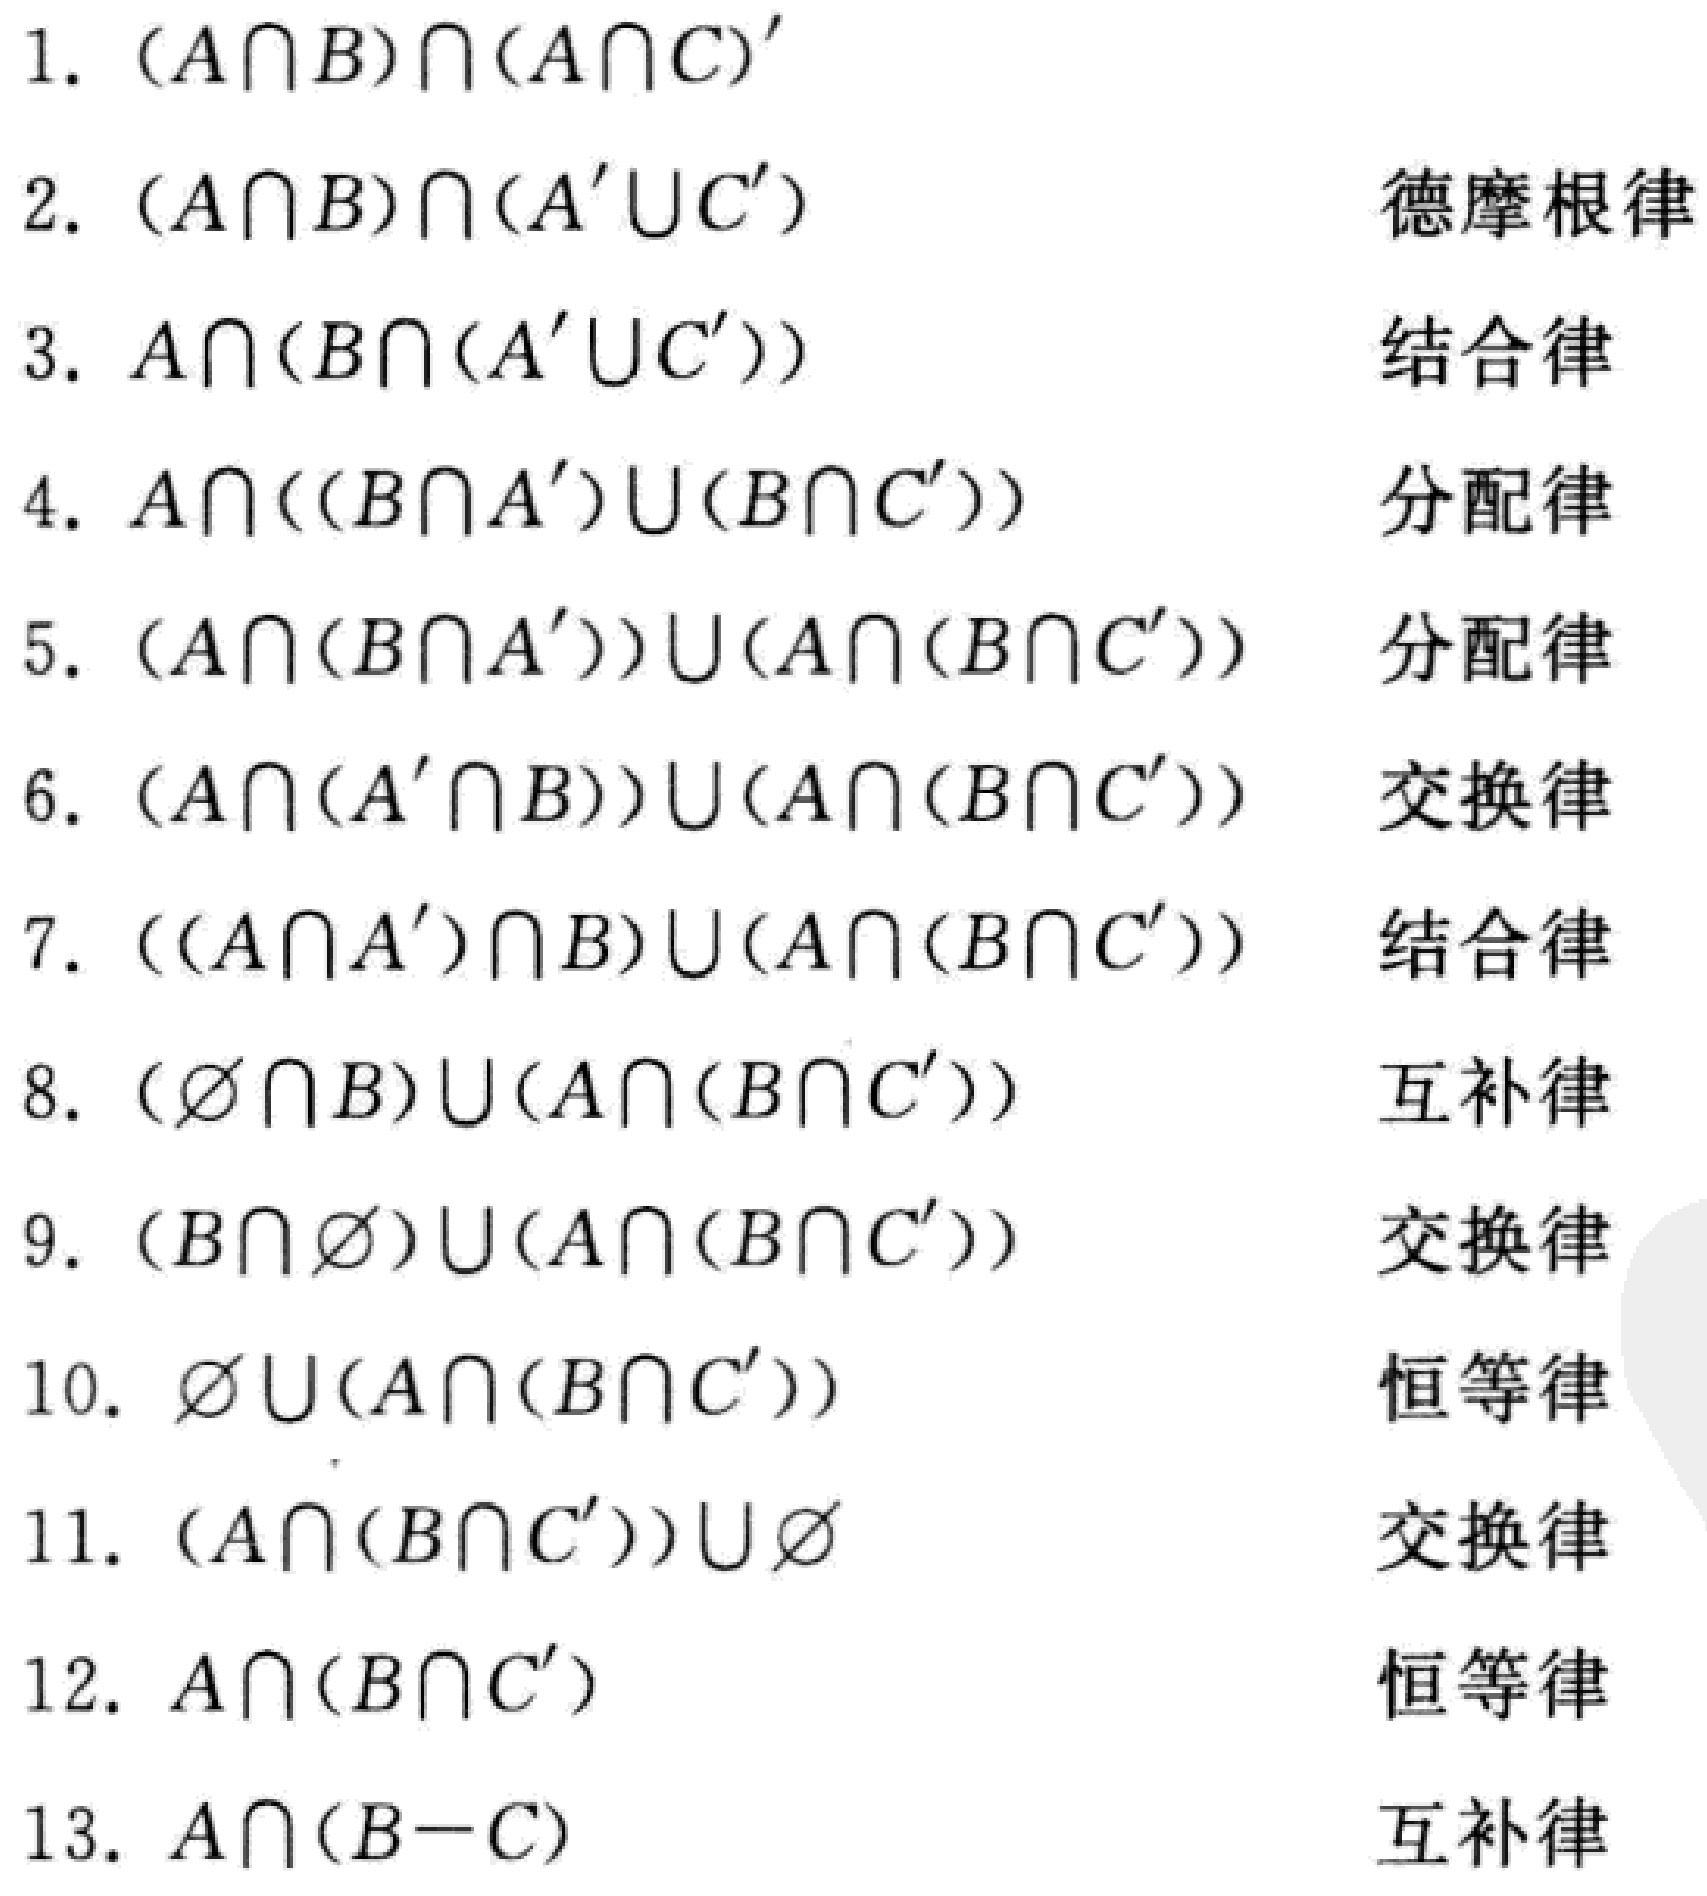
1. $(A\cap B)\cap(A\cap C)'$
2. $(A\cap B)\cap(A'\cup C')$ 德摩根律
3. $A\cap(B\cap(A'\cup C'))$ 结合律
4. $A\cap((B\cap A')\cup(B\cap C'))$ 分配律
5. $(A\cap(B\cap A'))\cup(A\cap(B\cap C'))$ 分配律
6. $(A\cap(A'\cap B))\cup(A\cap(B\cap C'))$ 交换律
7. $((A\cap A')\cap B)\cup(A\cap(B\cap C'))$ 结合律
8. $(\varnothing\cap B)\cup(A\cap(B\cap C'))$ 互补律
9. $(B\cap\varnothing)\cup(A\cap(B\cap C'))$ 交换律
10. $\varnothing\cup(A\cap(B\cap C'))$ 恒等律
11. $(A\cap(B\cap C'))\cup\varnothing$ 交换律
12. $A\cap(B\cap C')$ 恒等律
13. $A\cap(B - C)$ 互补律